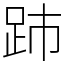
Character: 䟛